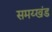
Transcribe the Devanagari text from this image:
समय्खंड